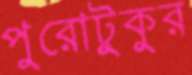
পুরোটুকুর